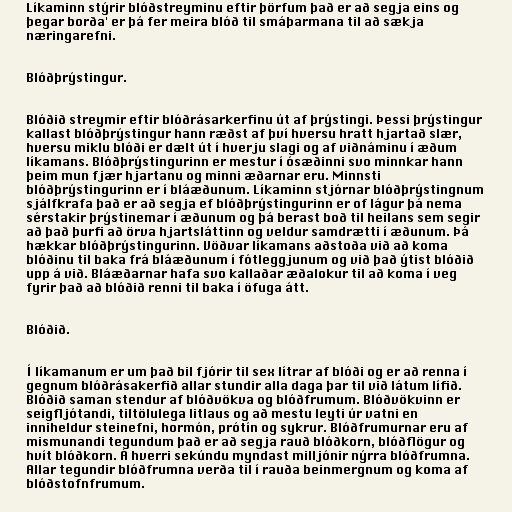
Líkaminn stýrir blóðstreyminu eftir þörfum það er að segja eins og
þegar borða' er þá fer meira blóð til smáþarmana til að sækja
næringarefni.

Blóðþrýstingur.

Blóðið streymir eftir blóðrásarkerfinu út af þrýstingi. Þessi þrýstingur
kallast blóðþrýstingur hann ræðst af því hversu hratt hjartað slær,
hversu miklu blóði er dælt út í hverju slagi og af viðnáminu í æðum
líkamans. Blóðþrýstingurinn er mestur í ósæðinni svo minnkar hann
þeim mun fjær hjartanu og minni æðarnar eru. Minnsti
blóðþrýstingurinn er í bláæðunum. Líkaminn stjórnar blóðþrýstingnum
sjálfkrafa það er að segja ef blóðþrýstingurinn er of lágur þá nema
sérstakir þrýstinemar í æðunum og þá berast boð til heilans sem segir
að það þurfi að örva hjartsláttinn og veldur samdrætti í æðunum. Þá
hækkar blóðþrýstingurinn. Vöðvar líkamans aðstoða við að koma
blóðinu til baka frá bláæðunum í fótleggjunum og við það ýtist blóðið
upp á við. Bláæðarnar hafa svo kallaðar æðalokur til að koma í veg
fyrir það að blóðið renni til baka í öfuga átt.

Blóðið.

Í líkamanum er um það bil fjórir til sex lítrar af blóði og er að renna í
gegnum blóðrásakerfið allar stundir alla daga þar til við látum lífið.
Blóðið saman stendur af blóðvökva og blóðfrumum. Blóðvökvinn er
seigfljótandi, tiltölulega litlaus og að mestu leyti úr vatni en
inniheldur steinefni, hormón, prótín og sykrur. Blóðfrumurnar eru af
mismunandi tegundum það er að segja rauð blóðkorn, blóðflögur og
hvít blóðkorn. Á hverri sekúndu myndast milljónir nýrra blóðfrumna.
Allar tegundir blóðfrumna verða til í rauða beinmergnum og koma af
blóðstofnfrumum.